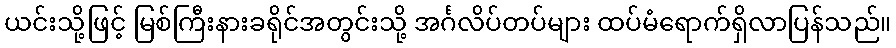
ယင်းသို့ဖြင့် မြစ်ကြီးနားခရိုင်အတွင်းသို့ အင်္ဂလိပ်တပ်များ ထပ်မံရောက်ရှိလာပြန်သည်။